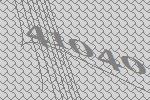
41040